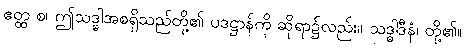
ဧတ္ထ စ၊ ဤသဒ္ဓါအစရှိသည်တို့၏ ပဒဋ္ဌာန်ကို ဆိုရာ၌လည်း။ သဒ္ဓါဒီနံ၊ တို့၏။